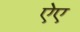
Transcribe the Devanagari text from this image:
ऐए